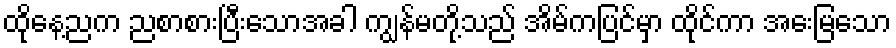
ထိုနေ့ညက ညစာစားပြီးသောအခါ ကျွန်မတို့သည် အိမ်ကပြင်မှာ ထိုင်ကာ အေးမြသော